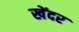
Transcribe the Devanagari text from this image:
खेंदर